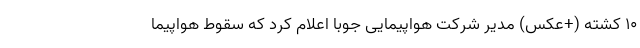
۱۰ کشته (+عکس) مدیر شرکت هواپیمایی جوبا اعلام کرد که سقوط هواپیما